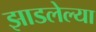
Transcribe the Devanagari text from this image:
झाडलेल्या